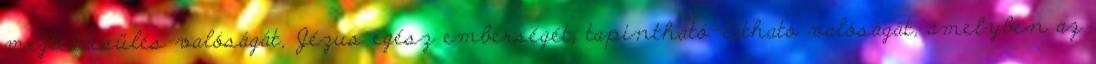
megtestesülés valóságát, Jézus egész emberségét, tapintható-látható valóságát, amelyben az